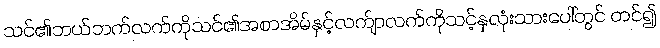
သင်၏ဘယ်ဘက်လက်ကိုသင်၏အစာအိမ်နှင့်လက်ျာလက်ကိုသင့်နှလုံးသားပေါ်တွင် တင်၍